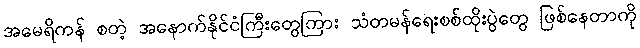
အမေရိကန် စတဲ့ အနောက်နိုင်ငံကြီးတွေကြား သံတမန်ရေးစစ်ထိုးပွဲတွေ ဖြစ်နေတာကို